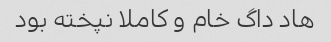
هاد داگ خام و کاملا نپخته بود